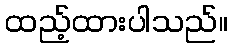
ထည့်ထားပါသည်။